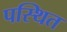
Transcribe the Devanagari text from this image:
पस्थित